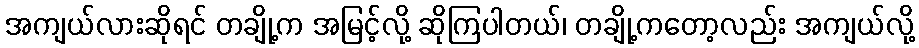
အကျယ်လားဆိုရင် တချို့က အမြင့်လို့ ဆိုကြပါတယ်၊ တချို့ကတော့လည်း အကျယ်လို့